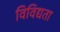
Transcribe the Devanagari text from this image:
विविद्यता